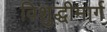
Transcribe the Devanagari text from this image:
विशुद्धीमार्ग